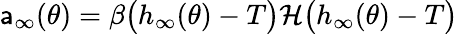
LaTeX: \mathsf{a}_{\infty}(\theta)=\beta\big(h_{\infty}(\theta)-T\big)\mathcal{{H}}\big(h_{\infty}(\theta)-T\big)